Civil Veterinary Dept. Assam report 1927-50 - 1927-1950
Year: 1927
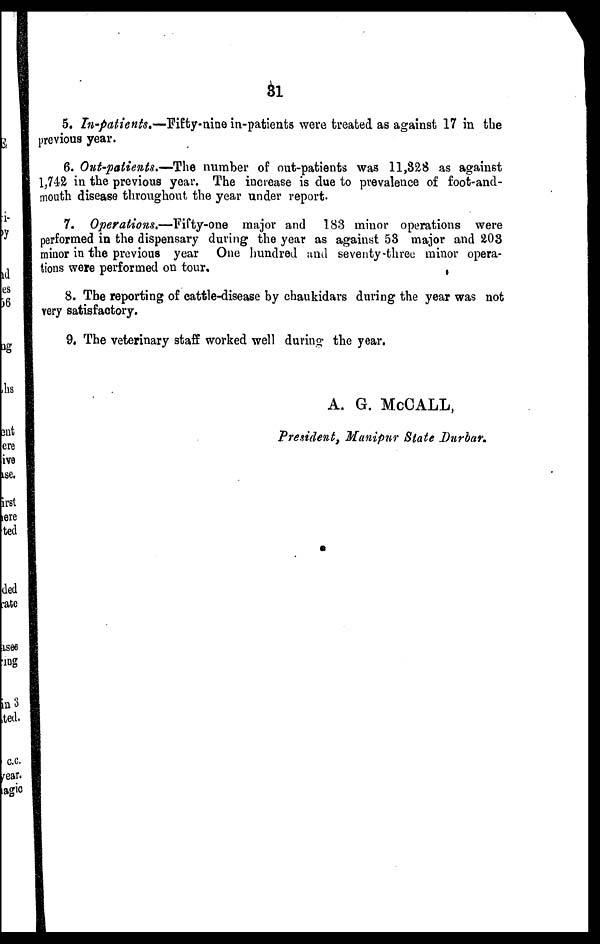
31
5. In-patients.—Fifty-nine in-patients were treated as against 17 in the
previous year.
6. Out-patients.—The number of out-patients was 11,828 as against
1,742 in the previous year. The increase is due to prevalence of foot-and-
mouth disease throughout the year under report.
7. Operations.—Fifty-one major and 183 minor operations were
performed in the dispensary during the year as against 53 major and 203
minor in the previous year One hundred and seventy-three minor opera-
tions were performed on tour,
8. The reporting of cattle-disease by chaukidars during the year was not
very satisfactory.
9. The veterinary staff worked well during the year.
A. G. McCALL,
President, Manipur State Durbar.